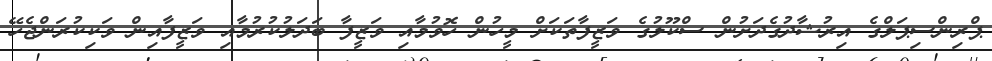
ޕްރިންސިޕަލްގެ އިރުޝާދުގެދަށުން ސްކޫލުގެ ވަޒީފާތަކަށް މީހުން ހޮވުމާއި ވަޒީފާ ބަދަލުކުރުމާއި ވަޒީފާއިން ވަކިކުރަންޖެހޭ